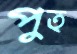
পুত্